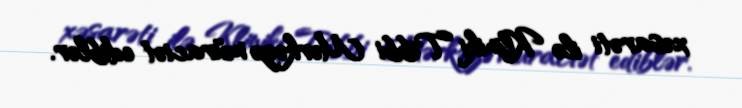
xəsarəti ilə Kliniki Tibbi Mərkəzə müraciət ediblər.